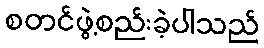
စတင်ဖွဲ့စည်းခဲ့ပါသည်